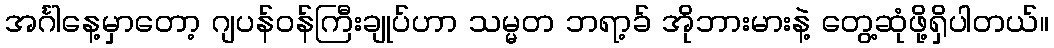
အင်္ဂါနေ့မှာတော့ ဂျပန်ဝန်ကြီးချုပ်ဟာ သမ္မတ ဘရာ့ခ် အိုဘားမားနဲ့ တွေ့ဆုံဖို့ရှိပါတယ်။